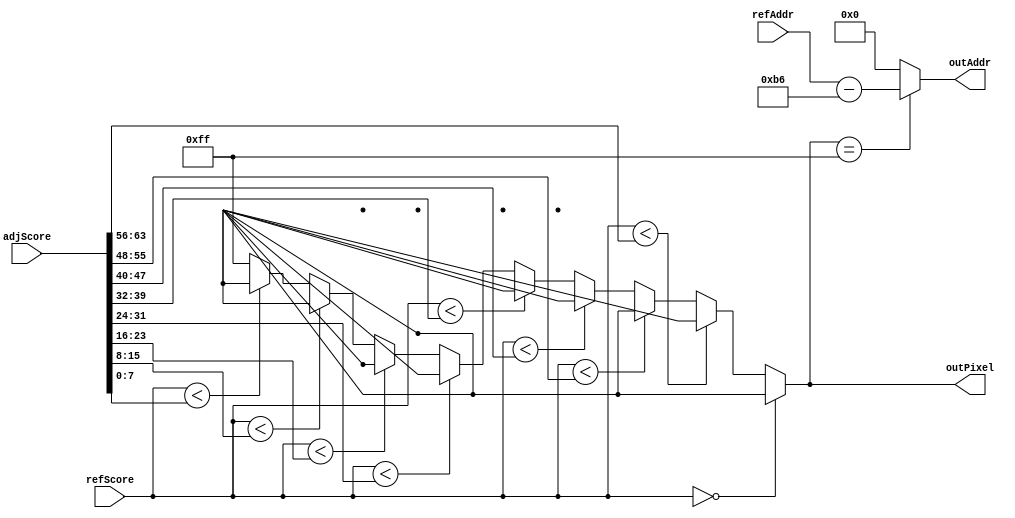
module NMS_Datapath (refScore, adjScore, refAddr, outAddr, outPixel);
	input [7:0] refScore; //  Score
	input [63:0] adjScore; //  8  Score
	input [14:0] refAddr; //  
	output [14:0] outAddr; //  Corner 
	output [7:0] outPixel; //  Corner 

	//  8    Score     0xff  Corner 
	assign outPixel = 
		(refScore == 8'd0) ? 8'bx : // Corner  
		(refScore < adjScore[63:56]) ? 8'bx :
		(refScore < adjScore[55:48]) ? 8'bx :
		(refScore < adjScore[47:40]) ? 8'bx :
		(refScore < adjScore[39:32]) ? 8'bx :
		(refScore < adjScore[31:24]) ? 8'bx :
		(refScore < adjScore[23:16]) ? 8'bx :
		(refScore < adjScore[15:8]) ? 8'bx :
		(refScore < adjScore[7:0]) ? 8'bx : 8'hff;
		
	//    
	assign outAddr = (outPixel == 8'hff) ? refAddr - 182 : 15'b0;
endmodule